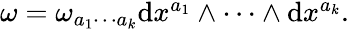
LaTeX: \begin{array}{r}{\omega=\omega_{a_{1}\cdots a_{k}}\mathrm{d}x^{a_{1}}\wedge\cdots\wedge\mathrm{d}x^{a_{k}}.}\end{array}